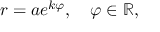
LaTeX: r = a e ^ { k \varphi } , \quad \varphi \in \mathbb { R } ,